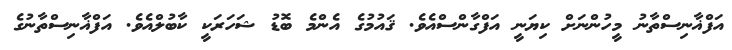
އަފްޣާނިސްތާނު މީހުންނަށް ކިޔަނީ އަފްގާންސްއެވެ. ޤައުމުގެ އެންމެ ބޮޑު ޝަހަރަކީ ކާބުލްއެވެ. އަފްޣާނިސްތާނުގެ